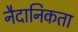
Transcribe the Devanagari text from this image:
नैदानिकता